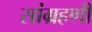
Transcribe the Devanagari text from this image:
सांग्रहणी